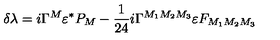
\delta \lambda = i \Gamma ^ { M } \varepsilon ^ { \ast } P _ { M } - { \frac { 1 } { 2 4 } } i \Gamma ^ { M _ { 1 } M _ { 2 } M _ { 3 } } \varepsilon F _ { M _ { 1 } M _ { 2 } M _ { 3 } }